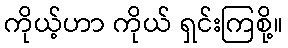
ကိုယ့်ဟာ ကိုယ် ရှင်းကြစို့။